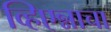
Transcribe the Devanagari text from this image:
व्हिएन्नाचा